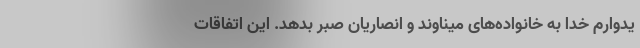
یدوارم خدا به خانواده‌های میناوند و انصاریان صبر بدهد. این اتفاقات